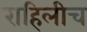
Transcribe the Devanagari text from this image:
राहिलीच